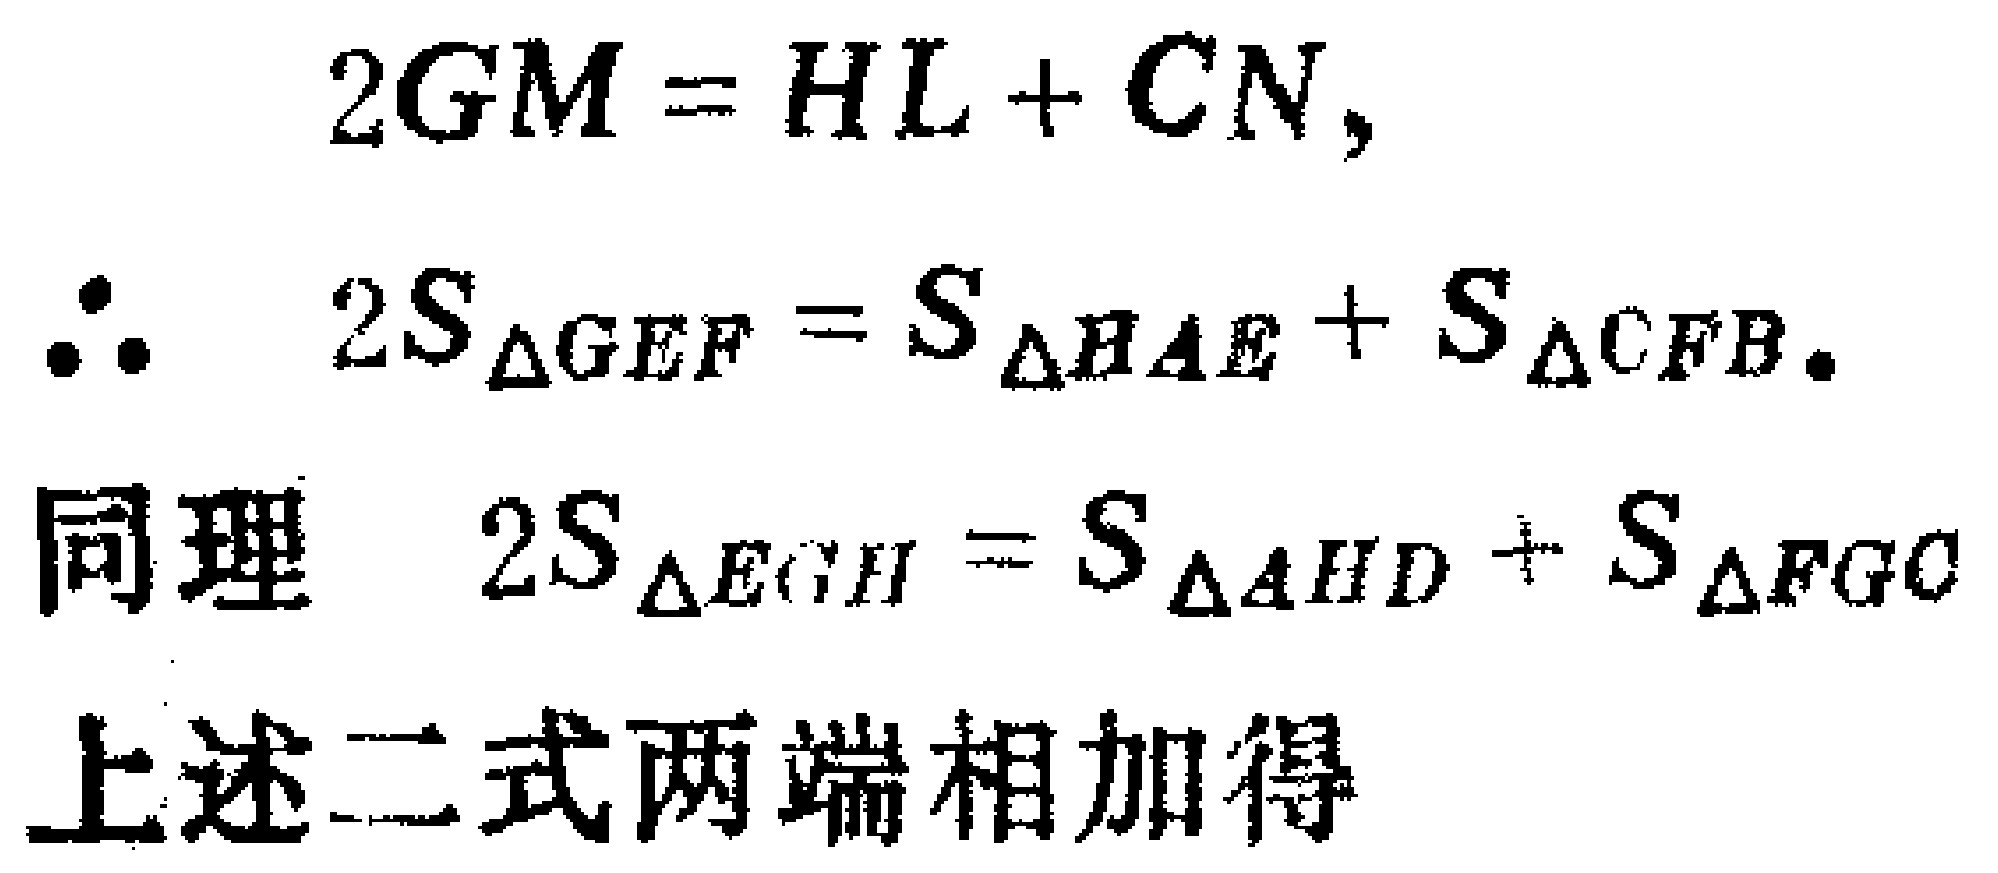
\[
\begin{align*}
2GM&=HL + CN,\\
\therefore\quad 2S_{\triangle GEF}&=S_{\triangle HAE}+S_{\triangle CFB}.\\
\text{同理}\quad 2S_{\triangle EGH}&=S_{\triangle AHD}+S_{\triangle FGC}\\
\text{上述二式两端相加得}
\end{align*}
\]